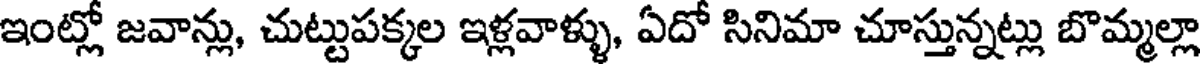
ఇంట్లో జవాన్లు, చుట్టుపక్కల ఇళ్లవాళ్ళు, ఏదో సినిమా చూస్తున్నట్లు బొమ్మల్లా